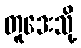
တူဒေးသို့